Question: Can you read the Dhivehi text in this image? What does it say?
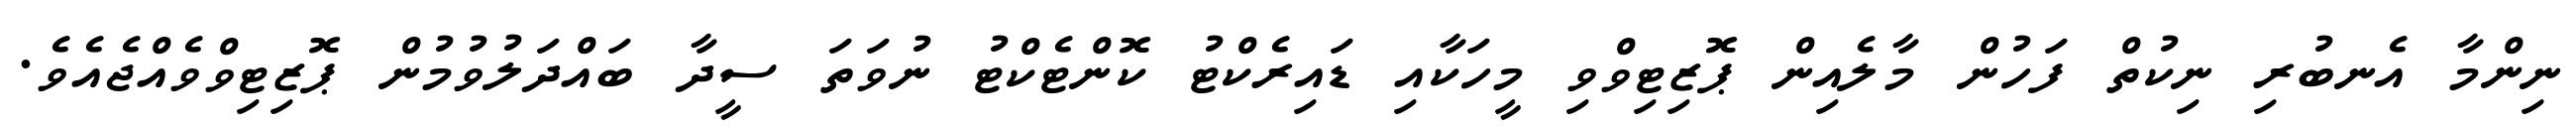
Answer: ނިންމާ އެނބުރި ނިކުތް ފަހުން މާލެއިން ޕޮޒިޓިވްވި މީހަކާއި ޑައިރެކްޓު ކޮންޓެކްޓު ނުވަތަ ސީދާ ބައްދަލުވުމުން ޕޮޒިޓިވްވެއްޖެއެވެ.